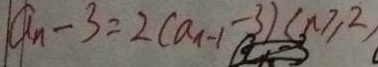
a _ { n } - 3 = 2 ( a _ { n - 1 } - 3 ) ( n \geq 2 )